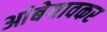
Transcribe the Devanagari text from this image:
आंबेगावकर